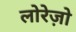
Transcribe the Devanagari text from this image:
लोरेज़ो